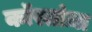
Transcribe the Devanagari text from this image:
कॉस्तांज़ा